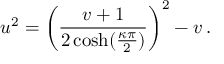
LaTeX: u ^ { 2 } = \left( \frac { v + 1 } { 2 \cosh ( \frac { \kappa \pi } { 2 } ) } \right) ^ { 2 } - v \, .